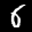
Label: 6